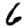
Digit: 6